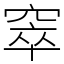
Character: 窣